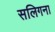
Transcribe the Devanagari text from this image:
सलिगना